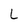
Character: L